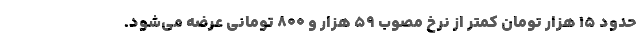
حدود ۱۵ هزار تومان کمتر از نرخ مصوب ۵۹ هزار و ۸۰۰ تومانی عرضه می‌شود.